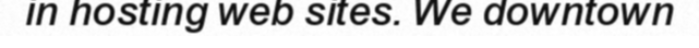
in hosting web sites. We downtown